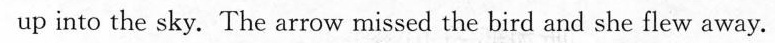
up into the sky. The arrow missed the bird and she flew away.